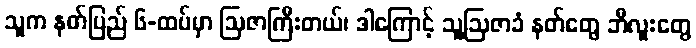
သူက နတ်ပြည် ၆-ထပ်မှာ ဩဇာကြီးတယ်၊ ဒါကြောင့် သူ့ဩဇာခံ နတ်တွေ ဘီလူးတွေ